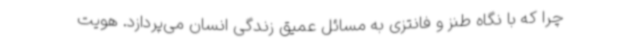
چرا که با نگاه طنز و فانتزی به مسائل عمیق زندگی انسان می‌پردازد. هویت